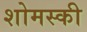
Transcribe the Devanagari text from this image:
शोमस्की